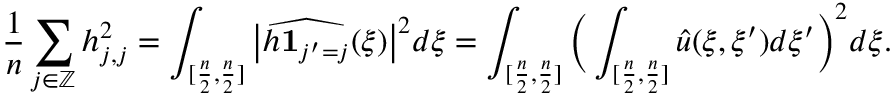
\frac { 1 } { n } \sum _ { j \in \mathbb { Z } } h _ { j , j } ^ { 2 } = \int _ { [ \frac { n } { 2 } , \frac { n } { 2 } ] } \big | \widehat { h \mathbf { 1 } _ { j ^ { \prime } = j } } ( \xi ) \big | ^ { 2 } d \xi = \int _ { [ \frac { n } { 2 } , \frac { n } { 2 } ] } \bigg ( \int _ { [ \frac { n } { 2 } , \frac { n } { 2 } ] } \widehat { u } ( \xi , \xi ^ { \prime } ) d \xi ^ { \prime } \bigg ) ^ { 2 } d \xi .